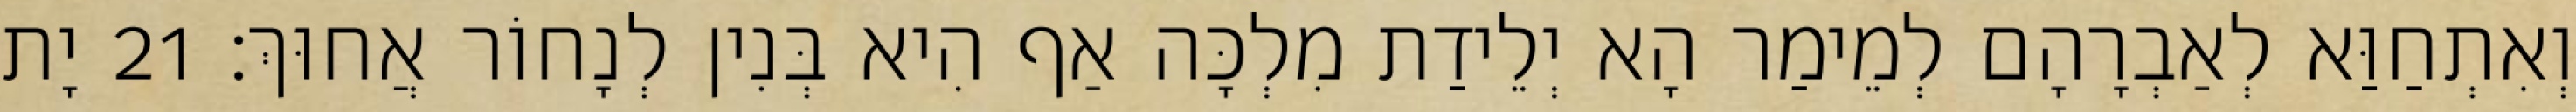
וְאִתְחַוַּא לְאַבְרָהָם לְמֵימַר הָא יְלֵידַת מִלְכָּה אַף הִיא בְּנִין לְנָחוֹר אֲחוּךְ׃ 21 יָת